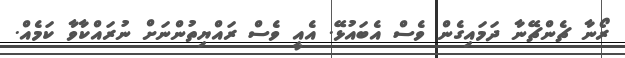
ރޯނާ ޗެންޗޭނާ ދަމައިގެން ވެސް އެބައުޅޭ. އެއީ ވެސް ރައްޔިތުންނަށް ނުރައްކާވާ ކަމެއް.